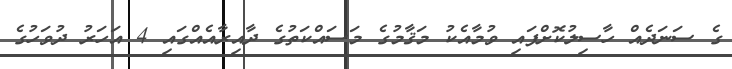
ގެ ސަނަދެއް ހާސިލުކޮށްފައި ވުމާއެކު މަޤާމުގެ މަސައްކަތުގެ ދާއިރާއެއްގައި 4 އަހަރު ދުވަހުގެ